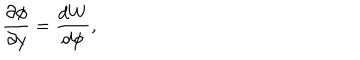
\frac { \partial \phi } { \partial y } = \frac { d W } { d \phi } ,